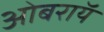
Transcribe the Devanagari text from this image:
ओबराॅय